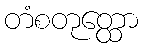
တံစတုတ္ထော